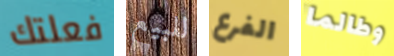
فعلتك للبيع الفرع وطالما